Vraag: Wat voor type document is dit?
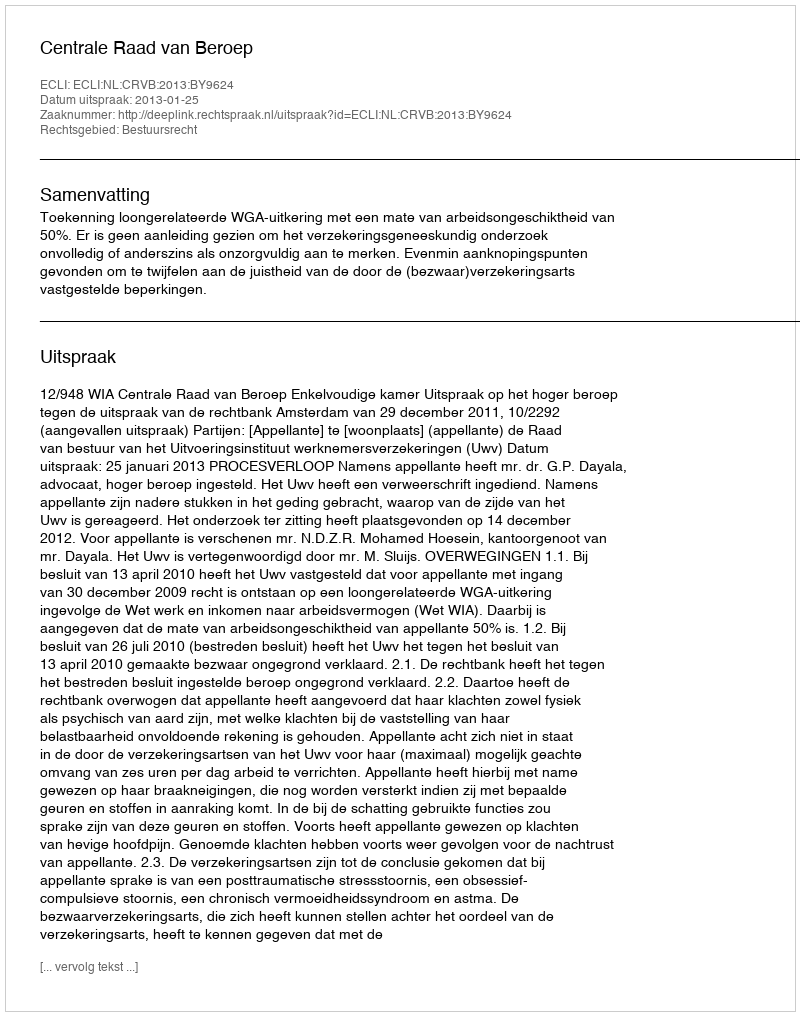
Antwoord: Uitspraak